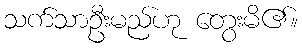
သက်သာဦးမည်ဟု တွေးမိ၏။